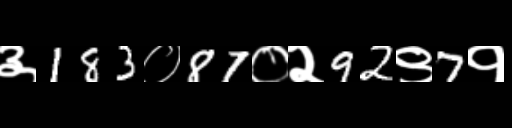
Text: ३183०87०२92९7१